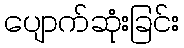
ပျောက်ဆုံးခြင်း